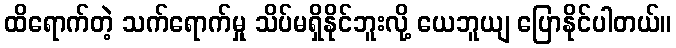
ထိရောက်တဲ့ သက်ရောက်မှု သိပ်မရှိနိုင်ဘူးလို့ ယေဘူယျ ပြောနိုင်ပါတယ်။